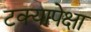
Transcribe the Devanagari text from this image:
टक्यापेक्षा